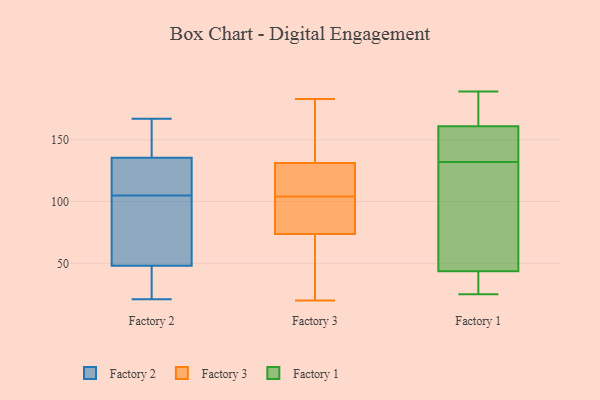
{"axis": {"x": "Latency (ms)", "y": "Value"}, "legend": ["Factory 1", "Factory 2", "Factory 3"], "data": [{"x": "", "y": 64, "type": "Factory 2"}, {"x": "", "y": 129, "type": "Factory 2"}, {"x": "", "y": 32, "type": "Factory 2"}, {"x": "", "y": 148, "type": "Factory 2"}, {"x": "", "y": 21, "type": "Factory 2"}, {"x": "", "y": 138, "type": "Factory 2"}, {"x": "", "y": 113, "type": "Factory 2"}, {"x": "", "y": 97, "type": "Factory 2"}, {"x": "", "y": 25, "type": "Factory 2"}, {"x": "", "y": 167, "type": "Factory 2"}, {"x": "", "y": 65, "type": "Factory 2"}, {"x": "", "y": 133, "type": "Factory 2"}, {"x": "", "y": 40, "type": "Factory 3"}, {"x": "", "y": 177, "type": "Factory 3"}, {"x": "", "y": 115, "type": "Factory 3"}, {"x": "", "y": 183, "type": "Factory 3"}, {"x": "", "y": 51, "type": "Factory 3"}, {"x": "", "y": 175, "type": "Factory 3"}, {"x": "", "y": 141, "type": "Factory 3"}, {"x": "", "y": 82, "type": "Factory 3"}, {"x": "", "y": 119, "type": "Factory 3"}, {"x": "", "y": 92, "type": "Factory 3"}, {"x": "", "y": 120, "type": "Factory 3"}, {"x": "", "y": 135, "type": "Factory 3"}, {"x": "", "y": 72, "type": "Factory 3"}, {"x": "", "y": 112, "type": "Factory 3"}, {"x": "", "y": 79, "type": "Factory 3"}, {"x": "", "y": 61, "type": "Factory 3"}, {"x": "", "y": 92, "type": "Factory 3"}, {"x": "", "y": 104, "type": "Factory 3"}, {"x": "", "y": 20, "type": "Factory 3"}, {"x": "", "y": 134, "type": "Factory 1"}, {"x": "", "y": 29, "type": "Factory 1"}, {"x": "", "y": 125, "type": "Factory 1"}, {"x": "", "y": 171, "type": "Factory 1"}, {"x": "", "y": 151, "type": "Factory 1"}, {"x": "", "y": 25, "type": "Factory 1"}, {"x": "", "y": 141, "type": "Factory 1"}, {"x": "", "y": 48, "type": "Factory 1"}, {"x": "", "y": 130, "type": "Factory 1"}, {"x": "", "y": 189, "type": "Factory 1"}, {"x": "", "y": 39, "type": "Factory 1"}, {"x": "", "y": 180, "type": "Factory 1"}]}